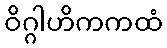
ဝိဂ္ဂါဟိကကထံ